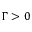
\Gamma > 0